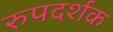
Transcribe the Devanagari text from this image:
रुपदर्शक